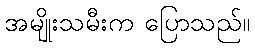
အမျိုးသမီးက ပြောသည်။